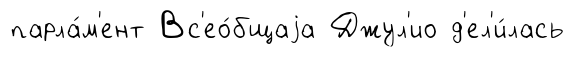
парла́м'ент Вс'ео́бщаjа Джул'ио д'ел'и́лась